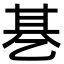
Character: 㐞